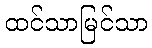
ထင်သာမြင်သာ